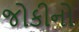
જોકીનો